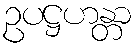
ဥပဋ္ဌဟန္တာ